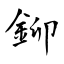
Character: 鉚